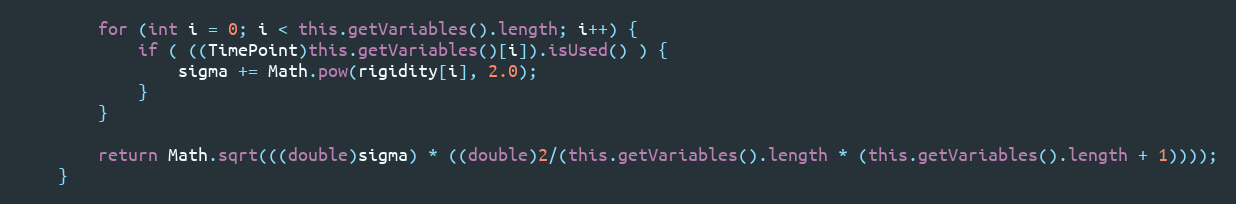
Language: Java
		for (int i = 0; i < this.getVariables().length; i++) {
			if ( ((TimePoint)this.getVariables()[i]).isUsed() ) {
				sigma += Math.pow(rigidity[i], 2.0);
			}
		}

		return Math.sqrt(((double)sigma) * ((double)2/(this.getVariables().length * (this.getVariables().length + 1))));
	}